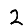
Digit: 2